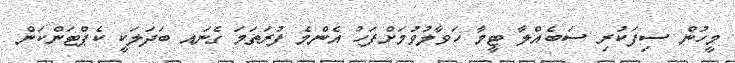
މީހުން ސިފަކުރި ސަބެއްލާ ޓީމާ ހަވާލުވުމަށްފަހު އެންމެ ފުރަތަމަ ގެނައ ބަދަލަކީ ކެޕްޓަންކަން